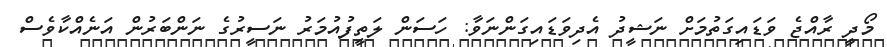
މޯދީ ރާއްޖެ ވަޑައިގަތުމަށް ނަޝީދު އެދިވަޑައިގަންނަވާ: ހަސަން ލަތީފުއުމަރު ނަސީރުގެ ނަންބަރުން އަނެއްކާވެސް